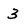
Character: 3